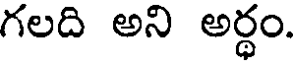
గలది అని అర్ధం.